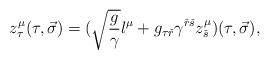
LaTeX: \begin{align*}z^{\mu}_{\tau}(\tau ,\vec \sigma )=(\sqrt{ {g\over {\gamma}} }l^{\mu}+g_{\tau {\check r}}\gamma^{{\check r}{\check s}}z^{\mu}_{\check s})(\tau ,\vec \sigma ),\end{align*}